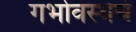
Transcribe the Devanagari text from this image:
गर्भावस्थेचे